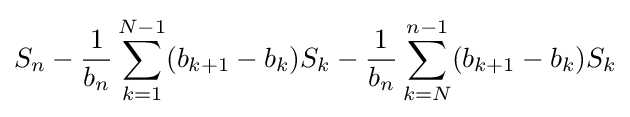
S_{n}-{\frac {1}{b_{n}}}\sum _{k=1}^{N-1}(b_{k+1}-b_{k})S_{k}-{\frac {1}{b_{n}}}\sum _{k=N}^{n-1}(b_{k+1}-b_{k})S_{k}